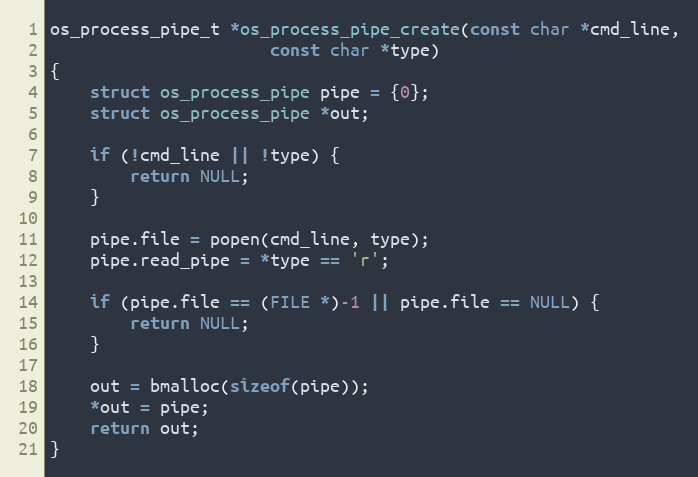
Language: C
os_process_pipe_t *os_process_pipe_create(const char *cmd_line,
					  const char *type)
{
	struct os_process_pipe pipe = {0};
	struct os_process_pipe *out;

	if (!cmd_line || !type) {
		return NULL;
	}

	pipe.file = popen(cmd_line, type);
	pipe.read_pipe = *type == 'r';

	if (pipe.file == (FILE *)-1 || pipe.file == NULL) {
		return NULL;
	}

	out = bmalloc(sizeof(pipe));
	*out = pipe;
	return out;
}